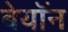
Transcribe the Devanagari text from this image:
बेयॉन